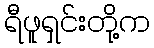
ရီဖူရှင်းတို့က